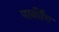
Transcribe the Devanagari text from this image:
पार्कींग